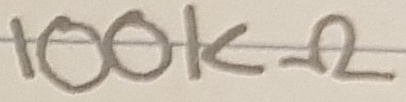
Text: 100KΩ